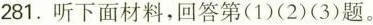
281.听下面材料,回答第(1)(2)(3)题.